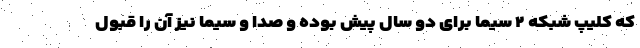
که کلیپ شبکه ۲ سیما برای دو سال پیش بوده و صدا و سیما نیز آن را قبول